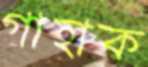
গাহাক